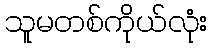
သူမတစ်ကိုယ်လုံး